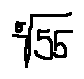
\sqrt [ 5 ] { 5 5 }